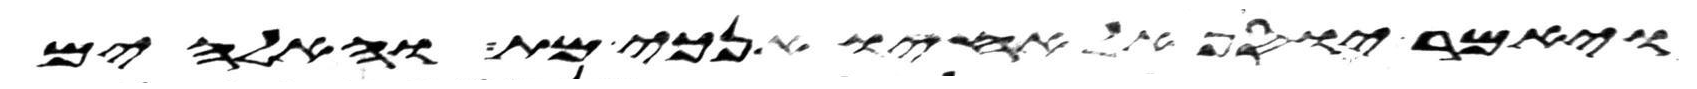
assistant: ויאמר יוסף אל אחיו אנכי מת והאלהים